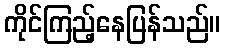
ကိုင်ကြည့်နေပြန်သည်။